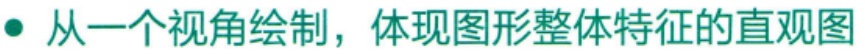
从一个视角绘制，体现图形整体特征的直观图